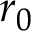
r _ { 0 }